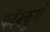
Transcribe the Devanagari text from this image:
कॉनकुर्स